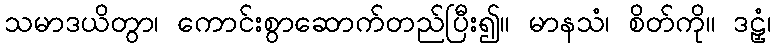
သမာဒယိတွာ၊ ကောင်းစွာဆောက်တည်ပြီး၍။ မာနသံ၊ စိတ်ကို။ ဒဠှံ၊